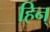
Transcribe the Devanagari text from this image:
हिन्